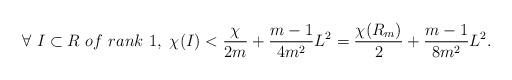
LaTeX: \begin{align*}\forall ~I\subset R ~of~rank~1,~\chi(I)< \frac{\chi}{2m}+\frac{m-1}{4m^2}L^2=\frac{\chi(R_m)}2+\frac{m-1}{8m^2}L^2.\end{align*}